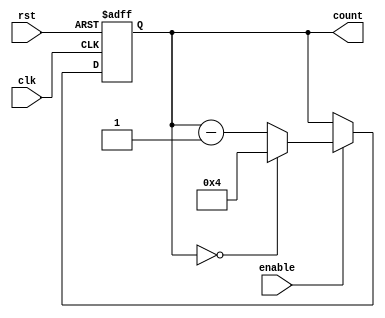
module ModuloNDownCounter (
    input wire clk,
    input wire rst,
    input wire enable,
    output reg [N-1:0] count
);

parameter N = 4; // Predetermined value

always @(posedge clk or posedge rst) begin
    if (rst) begin
        count <= N;
    end else if (enable) begin
        if (count == 0) begin
            count <= N;
        end else begin
            count <= count - 1;
        end
    end
end

endmodule